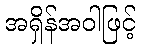
အရှိန်အဝါဖြင့်